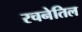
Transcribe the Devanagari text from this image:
रचनेतिल